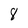
Character: 8